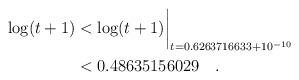
LaTeX: \begin{align*} \log(t+1)& < \log(t+1)\biggr\rvert_{t=0.6263716633 + 10^{-10}} \\& < 0.48635156029\quad . \end{align*}